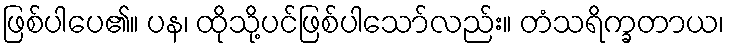
ဖြစ်ပါပေ၏။ ပန၊ ထိုသို့ပင်ဖြစ်ပါသော်လည်း။ တံသရိက္ခတာယ၊